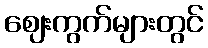
ဈေးကွက်များတွင်